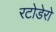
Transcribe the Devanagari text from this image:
रटोडेरो